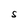
Character: S